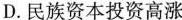
D.民族资本投资高涨